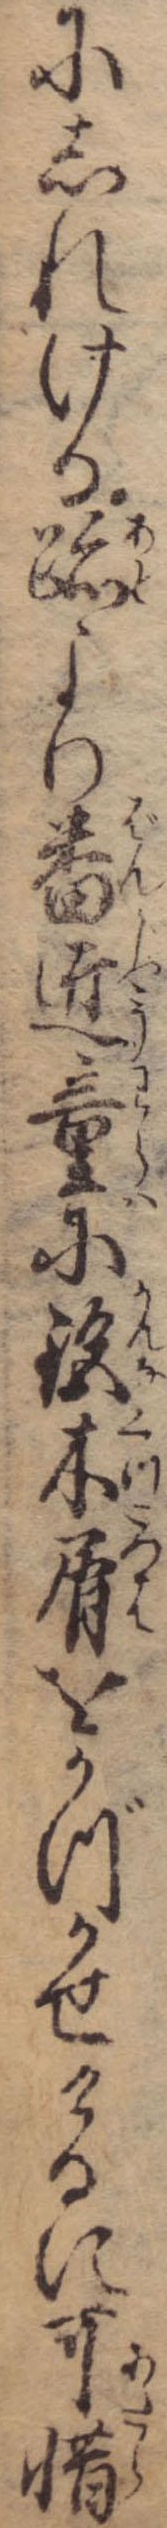
にしれける跡より番匠童に木屑をかづかせけるに可惜